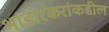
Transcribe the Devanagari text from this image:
भांडारकरांकडील